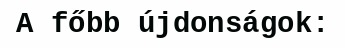
A főbb újdonságok: